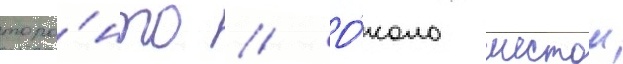
торо́нто // О́коло шестои